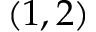
( 1 , 2 )